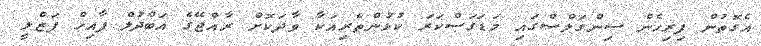
އެގޮތުން ފިރިހެން ސިންގަލްސްގައި މަޑަގަސްކަރަ ކުޅުންތެރިއަކާ ވާދަކޮށް ރާއްޖޭގެ އަބްދުލް ފާއިހް ފަޒްލީ